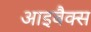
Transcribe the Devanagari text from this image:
आइबैक्स